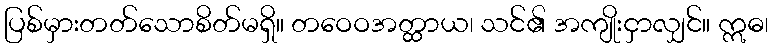
ပြစ်မှားတတ်သောစိတ်မရှိ။ တဝေဝအတ္ထာယ၊ သင်၏ အကျိုးငှာလျှင်။ ဣဓ၊